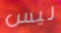
ليس